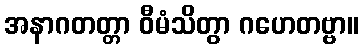
အနာဂတတ္တာ ဝီမံသိတွာ ဂဟေတဗ္ဗာ။